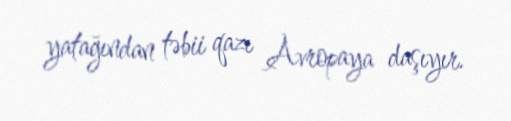
yatağından təbii qazı Avropaya daşıyır.